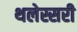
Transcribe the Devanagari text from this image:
थलेस्सरी